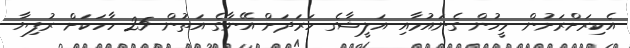
އެކިރަށްރަށުން މީހުން ގެނައުމާއި އަލީޝާގެ ހަރަދަށް އޭނާގެ އަތުން 25 ހާހަކަށް ރުފިޔާ